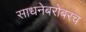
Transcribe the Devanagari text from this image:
साधनेबरोबरच